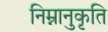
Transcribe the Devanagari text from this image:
निम्नानुकृति